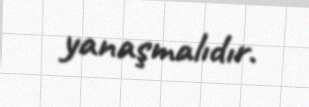
yanaşmalıdır.